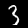
Digit: 3